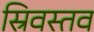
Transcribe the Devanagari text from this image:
स्रिवस्तव